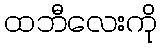
ထဘီလေးကို